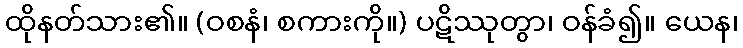
ထိုနတ်သား၏။ (ဝစနံ၊ စကားကို။) ပဋိဿုတွာ၊ ဝန်ခံ၍။ ယေန၊